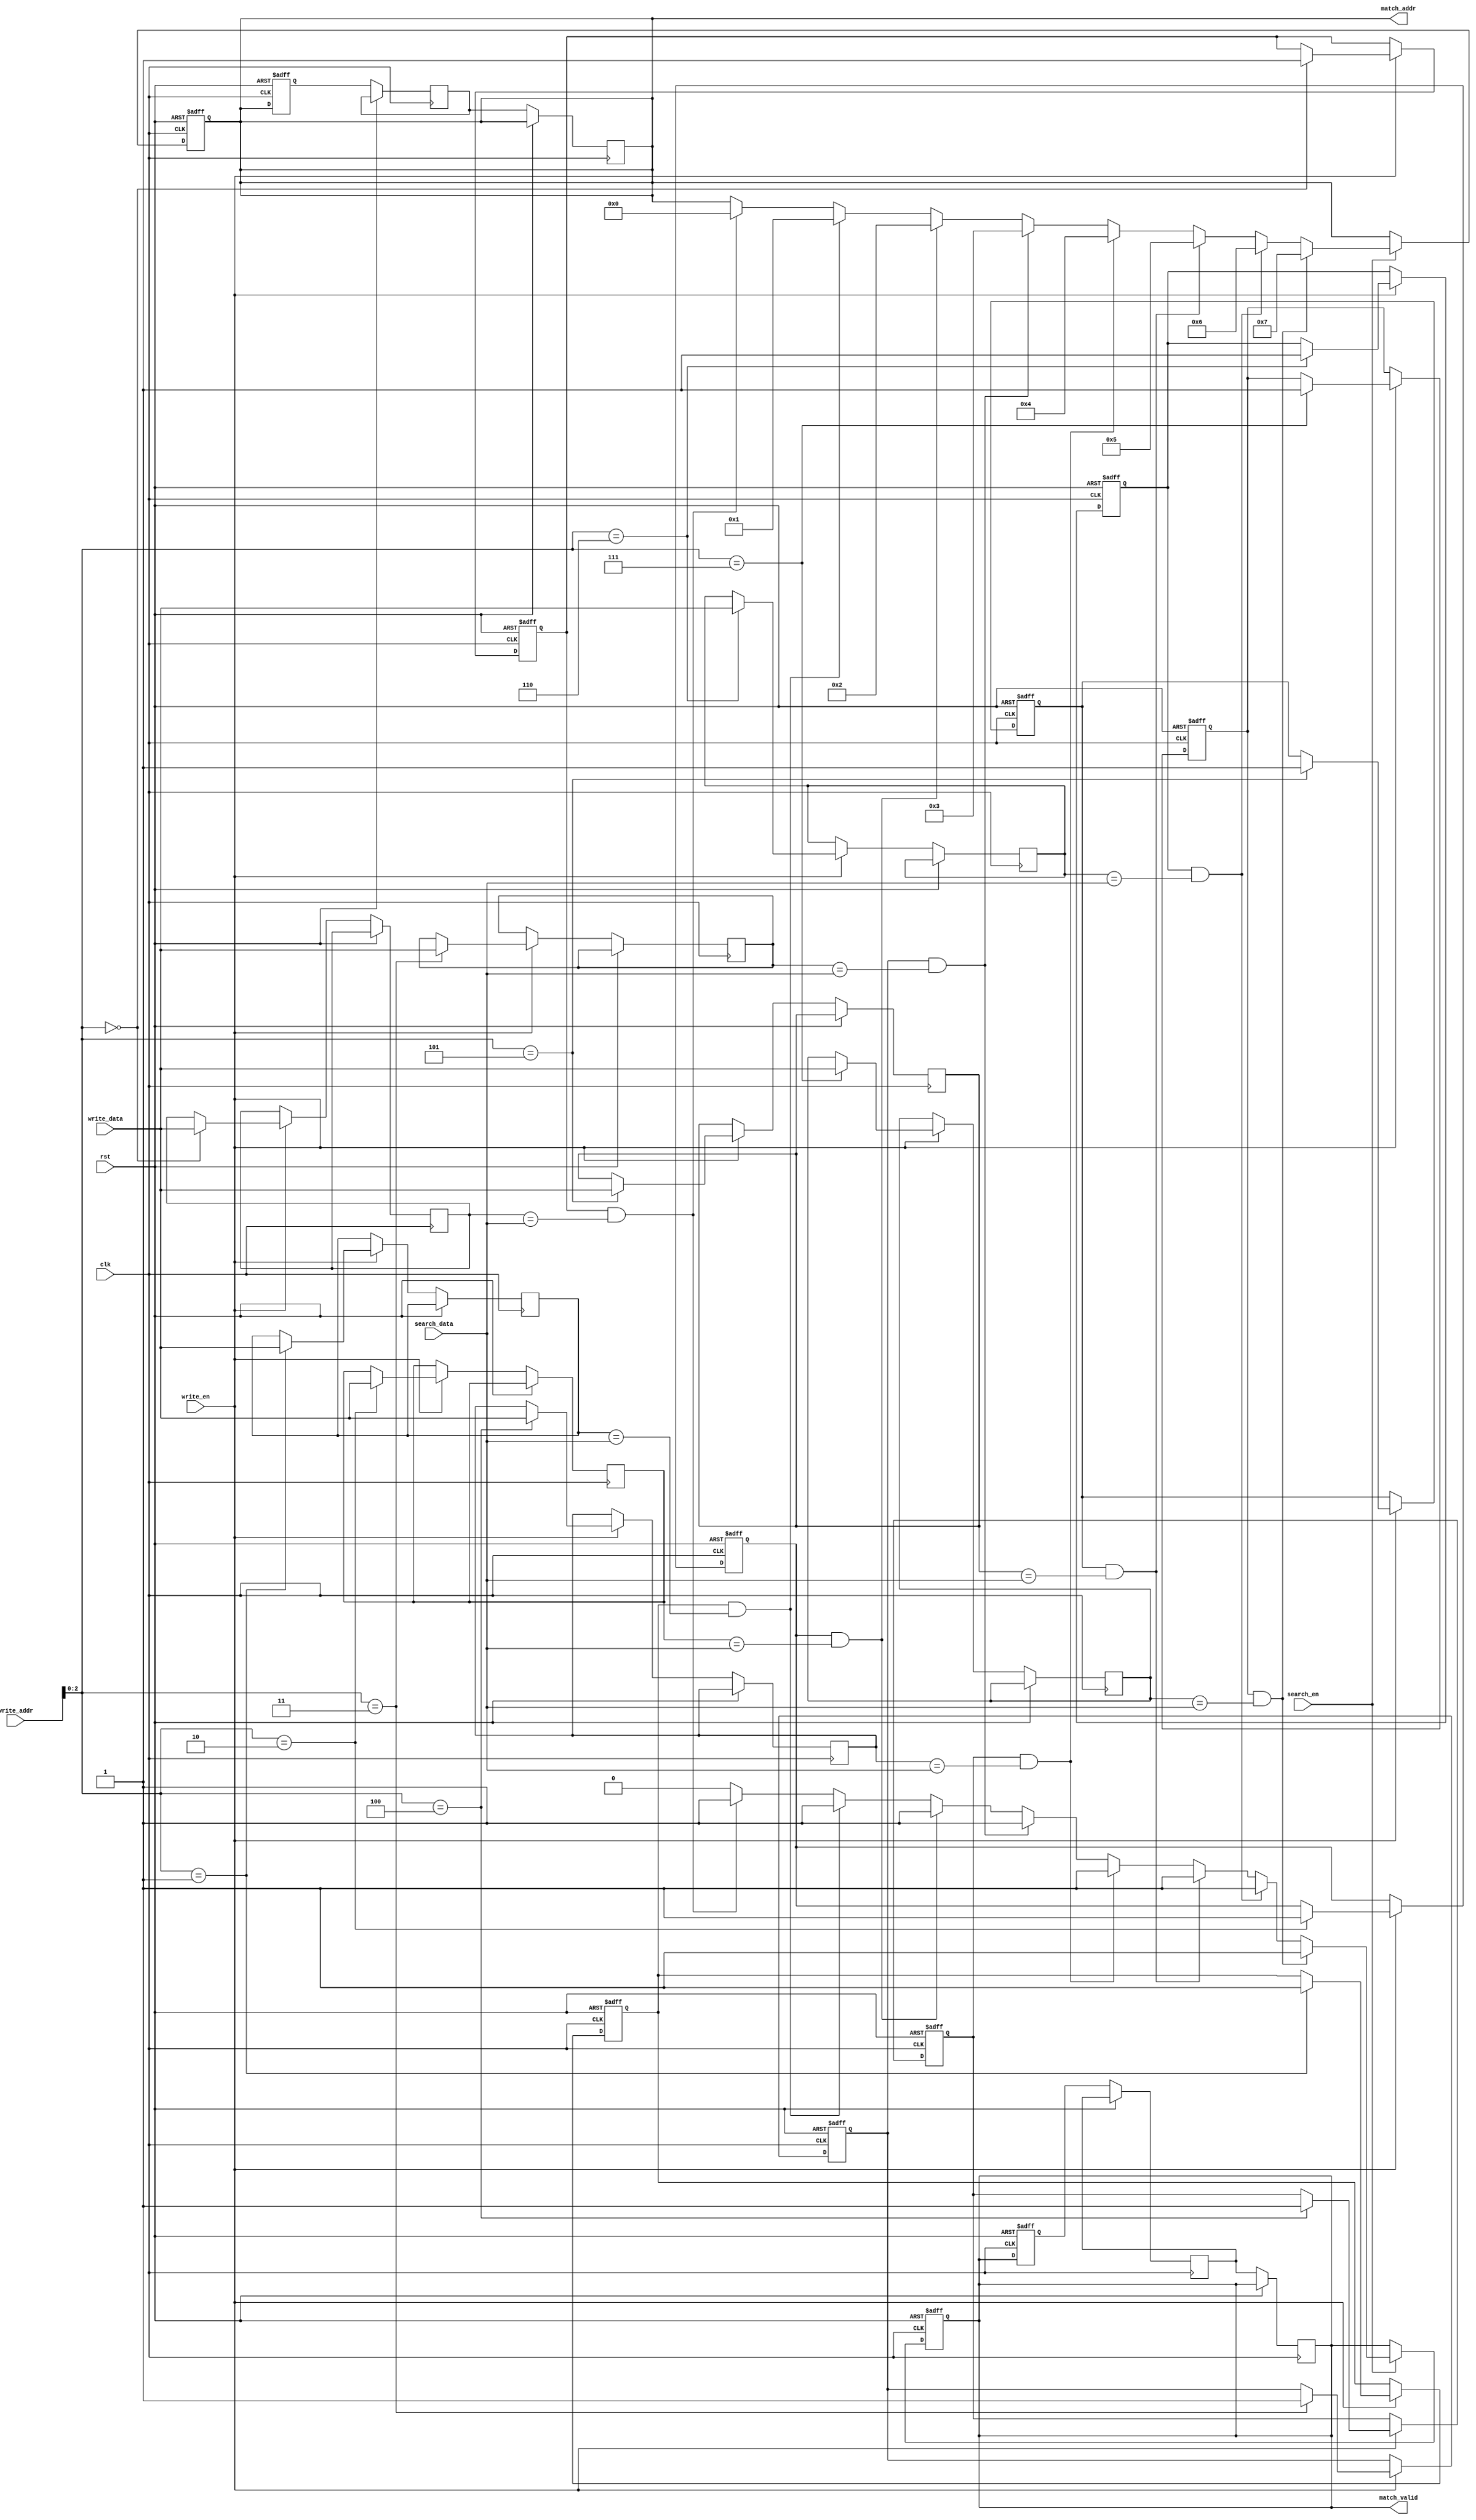
module pipelined_cam #(
    parameter DATA_WIDTH = 32,   // Width of data entries
    parameter ADDR_WIDTH = 8,    // Number of entries in the CAM
    parameter PIPELINE_DEPTH = 2  // Number of pipeline stages
)(
    input wire clk,
    input wire rst,
    input wire [DATA_WIDTH-1:0] search_data, // Data to search for
    input wire search_en,                     // Search enable signal
    input wire write_en,                      // Write enable signal
    input wire [DATA_WIDTH-1:0] write_data,   // Data to write
    input wire [ADDR_WIDTH-1:0] write_addr,   // Address to write data
    output reg [ADDR_WIDTH-1:0] match_addr,    // Address of matched entry
    output reg match_valid                     // Match valid signal
);

    // Memory array
    reg [DATA_WIDTH-1:0] mem_array [0:ADDR_WIDTH-1];
    reg valid_bits [0:ADDR_WIDTH-1]; // Valid bits for each entry

    // Pipeline registers
    reg [DATA_WIDTH-1:0] search_reg [0:PIPELINE_DEPTH-1];
    reg [ADDR_WIDTH-1:0] match_reg [0:PIPELINE_DEPTH-1];
    reg match_valid_reg [0:PIPELINE_DEPTH-1];

    // Search logic
    integer i;
    always @(posedge clk or posedge rst) begin
        if (rst) begin
            match_addr <= 0;
            match_valid <= 0;
        end else begin
            if (search_en) begin
                match_valid <= 0; // Reset match valid
                for (i = 0; i < ADDR_WIDTH; i = i + 1) begin
                    if (valid_bits[i] && (mem_array[i] == search_data)) begin
                        match_addr <= i; // Store the matched address
                        match_valid <= 1; // Set match valid
                    end
                end
            end
        end
    end

    // Write operation
    always @(posedge clk or posedge rst) begin
        if (rst) begin
            for (i = 0; i < ADDR_WIDTH; i = i + 1) begin
                valid_bits[i] <= 0;
            end
        end else if (write_en) begin
            mem_array[write_addr] <= write_data;
            valid_bits[write_addr] <= 1; // Set valid bit
        end
    end

    // Pipelining logic
    always @(posedge clk or posedge rst) begin
        if (rst) begin
            search_reg[0] <= 0;
            match_reg[0] <= 0;
            match_valid_reg[0] <= 0;
        end else begin
            // Shift pipeline registers
            search_reg[0] <= search_data;
            match_reg[0] <= match_addr;
            match_valid_reg[0] <= match_valid;

            // Stage 1
            search_reg[1] <= search_reg[0];
            match_reg[1] <= match_reg[0];
            match_valid_reg[1] <= match_valid_reg[0];

            // Output stage
            match_addr <= match_reg[1];
            match_valid <= match_valid_reg[1];
        end
    end

endmodule